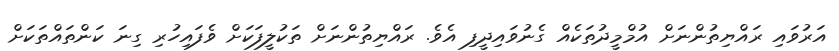
އަރުވައި ރައްޔިތުންނަށް އުމްމީދުތަކެއް ގެނުވައިދީފި އެވެ. ރައްޔިތުންނަށް ތަކުލީފަކަށް ވެފައިހުރި ގިނަ ކަންތައްތަކަށް